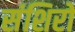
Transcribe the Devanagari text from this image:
संशिरो